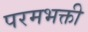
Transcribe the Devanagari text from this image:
परमभक्ती